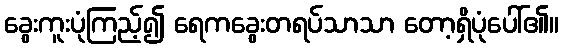
ခွေးကူးပုံကြည့်၍ ရေကခွေးတရပ်သာသာ တော့ရှိပုံပေါ်၏။